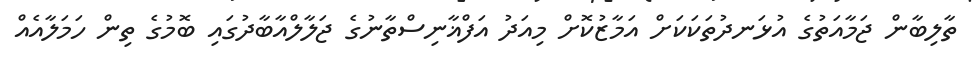
ތާލިބާން ޖަމާއަތުގެ އުޅަނދުތަކަކަށް އަމާޒުކޮށް މިއަދު އަފްޣާނިސްތާނުގެ ޖަލާލްއާބާދުގައި ބޮމުގެ ތިން ހަމަލާއެއް